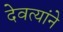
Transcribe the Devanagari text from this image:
देवत्यांने